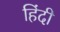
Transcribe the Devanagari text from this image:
हिंंदी